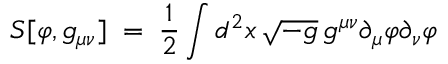
S [ \varphi , g _ { \mu \nu } ] \; = \; \frac { 1 } { 2 } \int d ^ { 2 } x \, \sqrt { - g } \, g ^ { \mu \nu } \partial _ { \mu } \varphi \partial _ { \nu } \varphi